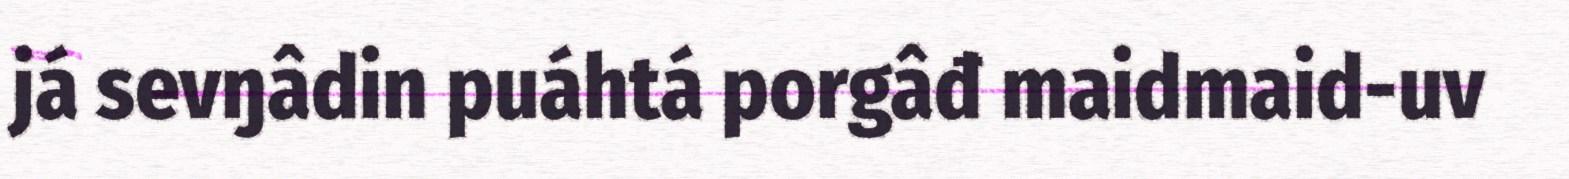
já sevŋâdin puáhtá porgâđ maidmaid-uv